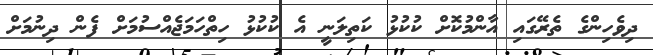
ދިވެހިންގެ ތެރޭގައި އާންމުކޮށް ކުކުޅު ކަތިލަނީ އެ ކުކުޅު ހިތްހަމަޖެއްސުމަށް ފެން ދިނުމަށް